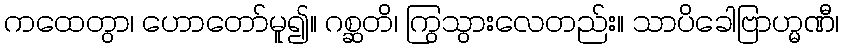
ကထေတွာ၊ ဟောတော်မူ၍။ ဂစ္ဆတိ၊ ကြွသွားလေတည်း။ သာပိခေါဗြာဟ္မဏီ၊